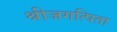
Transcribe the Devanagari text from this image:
श्रीजगत्पिता